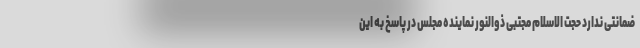
ضمانتی ندارد حجت الاسلام مجتبی ذوالنور نماینده مجلس در پاسخ به این